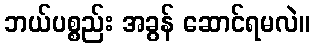
ဘယ်ပစ္စည်း အခွန် ဆောင်ရမလဲ။